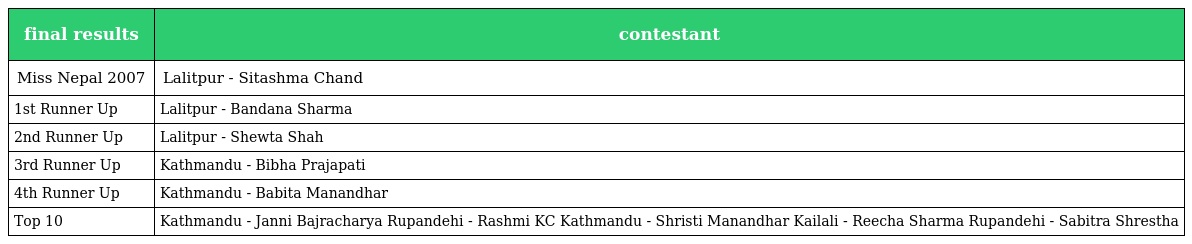
| final results | contestant |
 | --- | --- |
 | Miss Nepal 2007 | Lalitpur - Sitashma Chand |
 | 1st Runner Up | Lalitpur - Bandana Sharma |
 | 2nd Runner Up | Lalitpur - Shewta Shah |
 | 3rd Runner Up | Kathmandu - Bibha Prajapati |
 | 4th Runner Up | Kathmandu - Babita Manandhar |
 | Top 10 | Kathmandu - Janni Bajracharya Rupandehi - Rashmi KC Kathmandu - Shristi Manandhar Kailali - Reecha Sharma Rupandehi - Sabitra Shrestha |